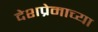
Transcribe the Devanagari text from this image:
देशप्रेमाच्या